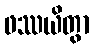
ဖဿယိတွာ